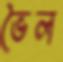
ভৈল